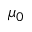
\mu _ { 0 }